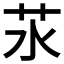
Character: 𦬭